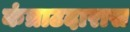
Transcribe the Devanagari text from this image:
कंत्राटदारास